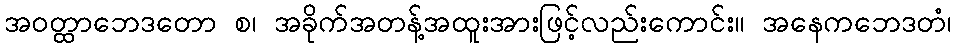
အဝတ္ထာဘေဒတော စ၊ အခိုက်အတန့်အထူးအားဖြင့်လည်းကောင်း။ အနေကဘေဒတံ၊